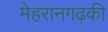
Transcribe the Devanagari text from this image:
मेहरानगढ़की